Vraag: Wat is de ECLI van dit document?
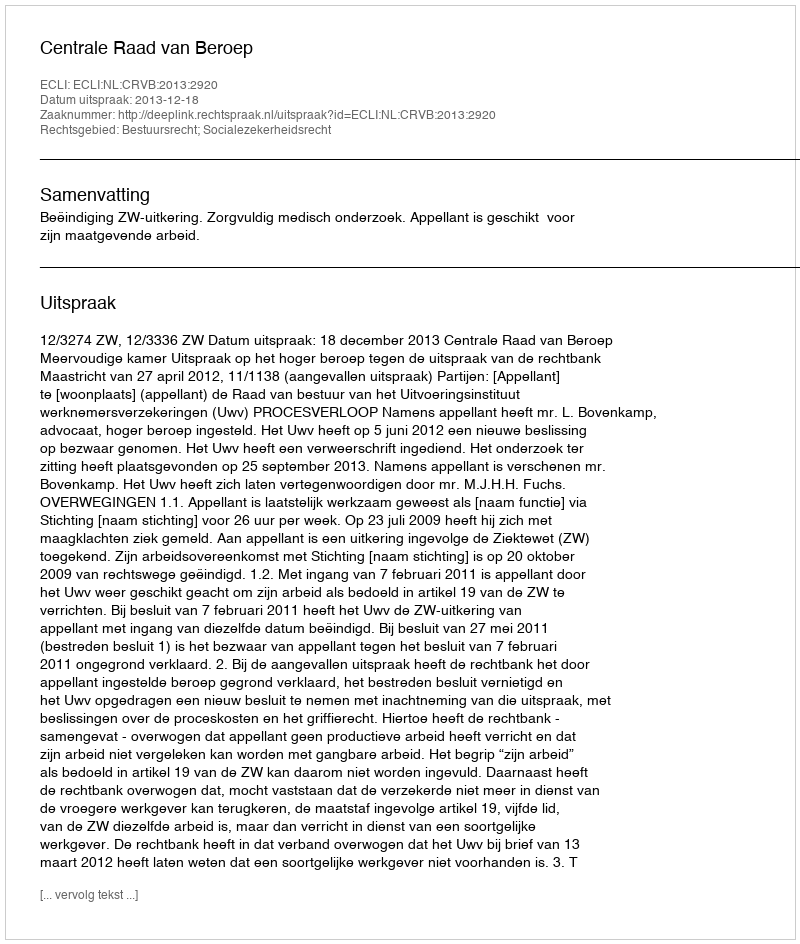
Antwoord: ECLI:NL:CRVB:2013:2920